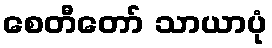
စေတီတော် သာယာပုံ